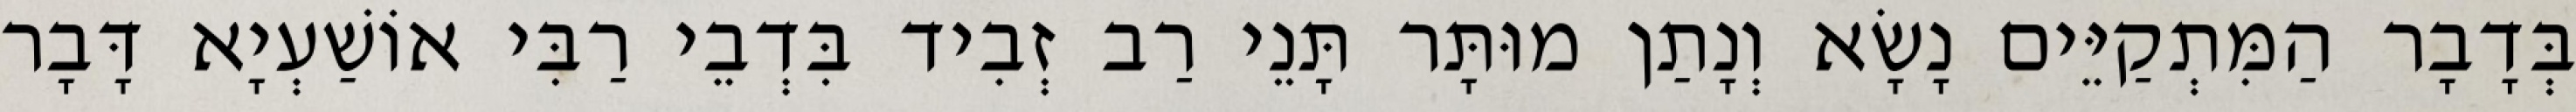
בְּדָבָר הַמִּתְקַיֵּים נָשָׂא וְנָתַן מוּתָּר תָּנֵי רַב זְבִיד בִּדְבֵי רַבִּי אוֹשַׁעְיָא דָּבָר